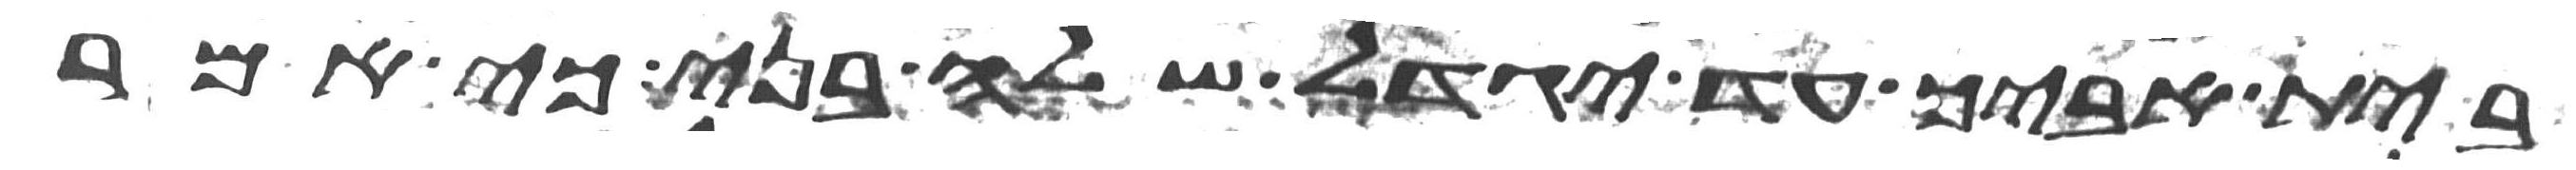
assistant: בית אביך עד יגדל שלה בני כי אמר